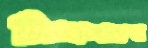
টিনএজারদের